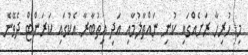
މި ހުރިހާ ރަށެއްގައި ކުނި ނައްތާލުމާއި އަދި އިތުބާރާ އެކުގައި ކަރަންޓް ދެވޭނެ